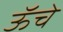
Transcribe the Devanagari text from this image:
ऊॅचे